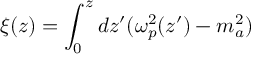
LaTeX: \xi ( z ) = \int _ { 0 } ^ { z } d z ^ { \prime } ( \omega _ { p } ^ { 2 } ( z ^ { \prime } ) - m _ { a } ^ { 2 } )